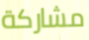
مشاركة